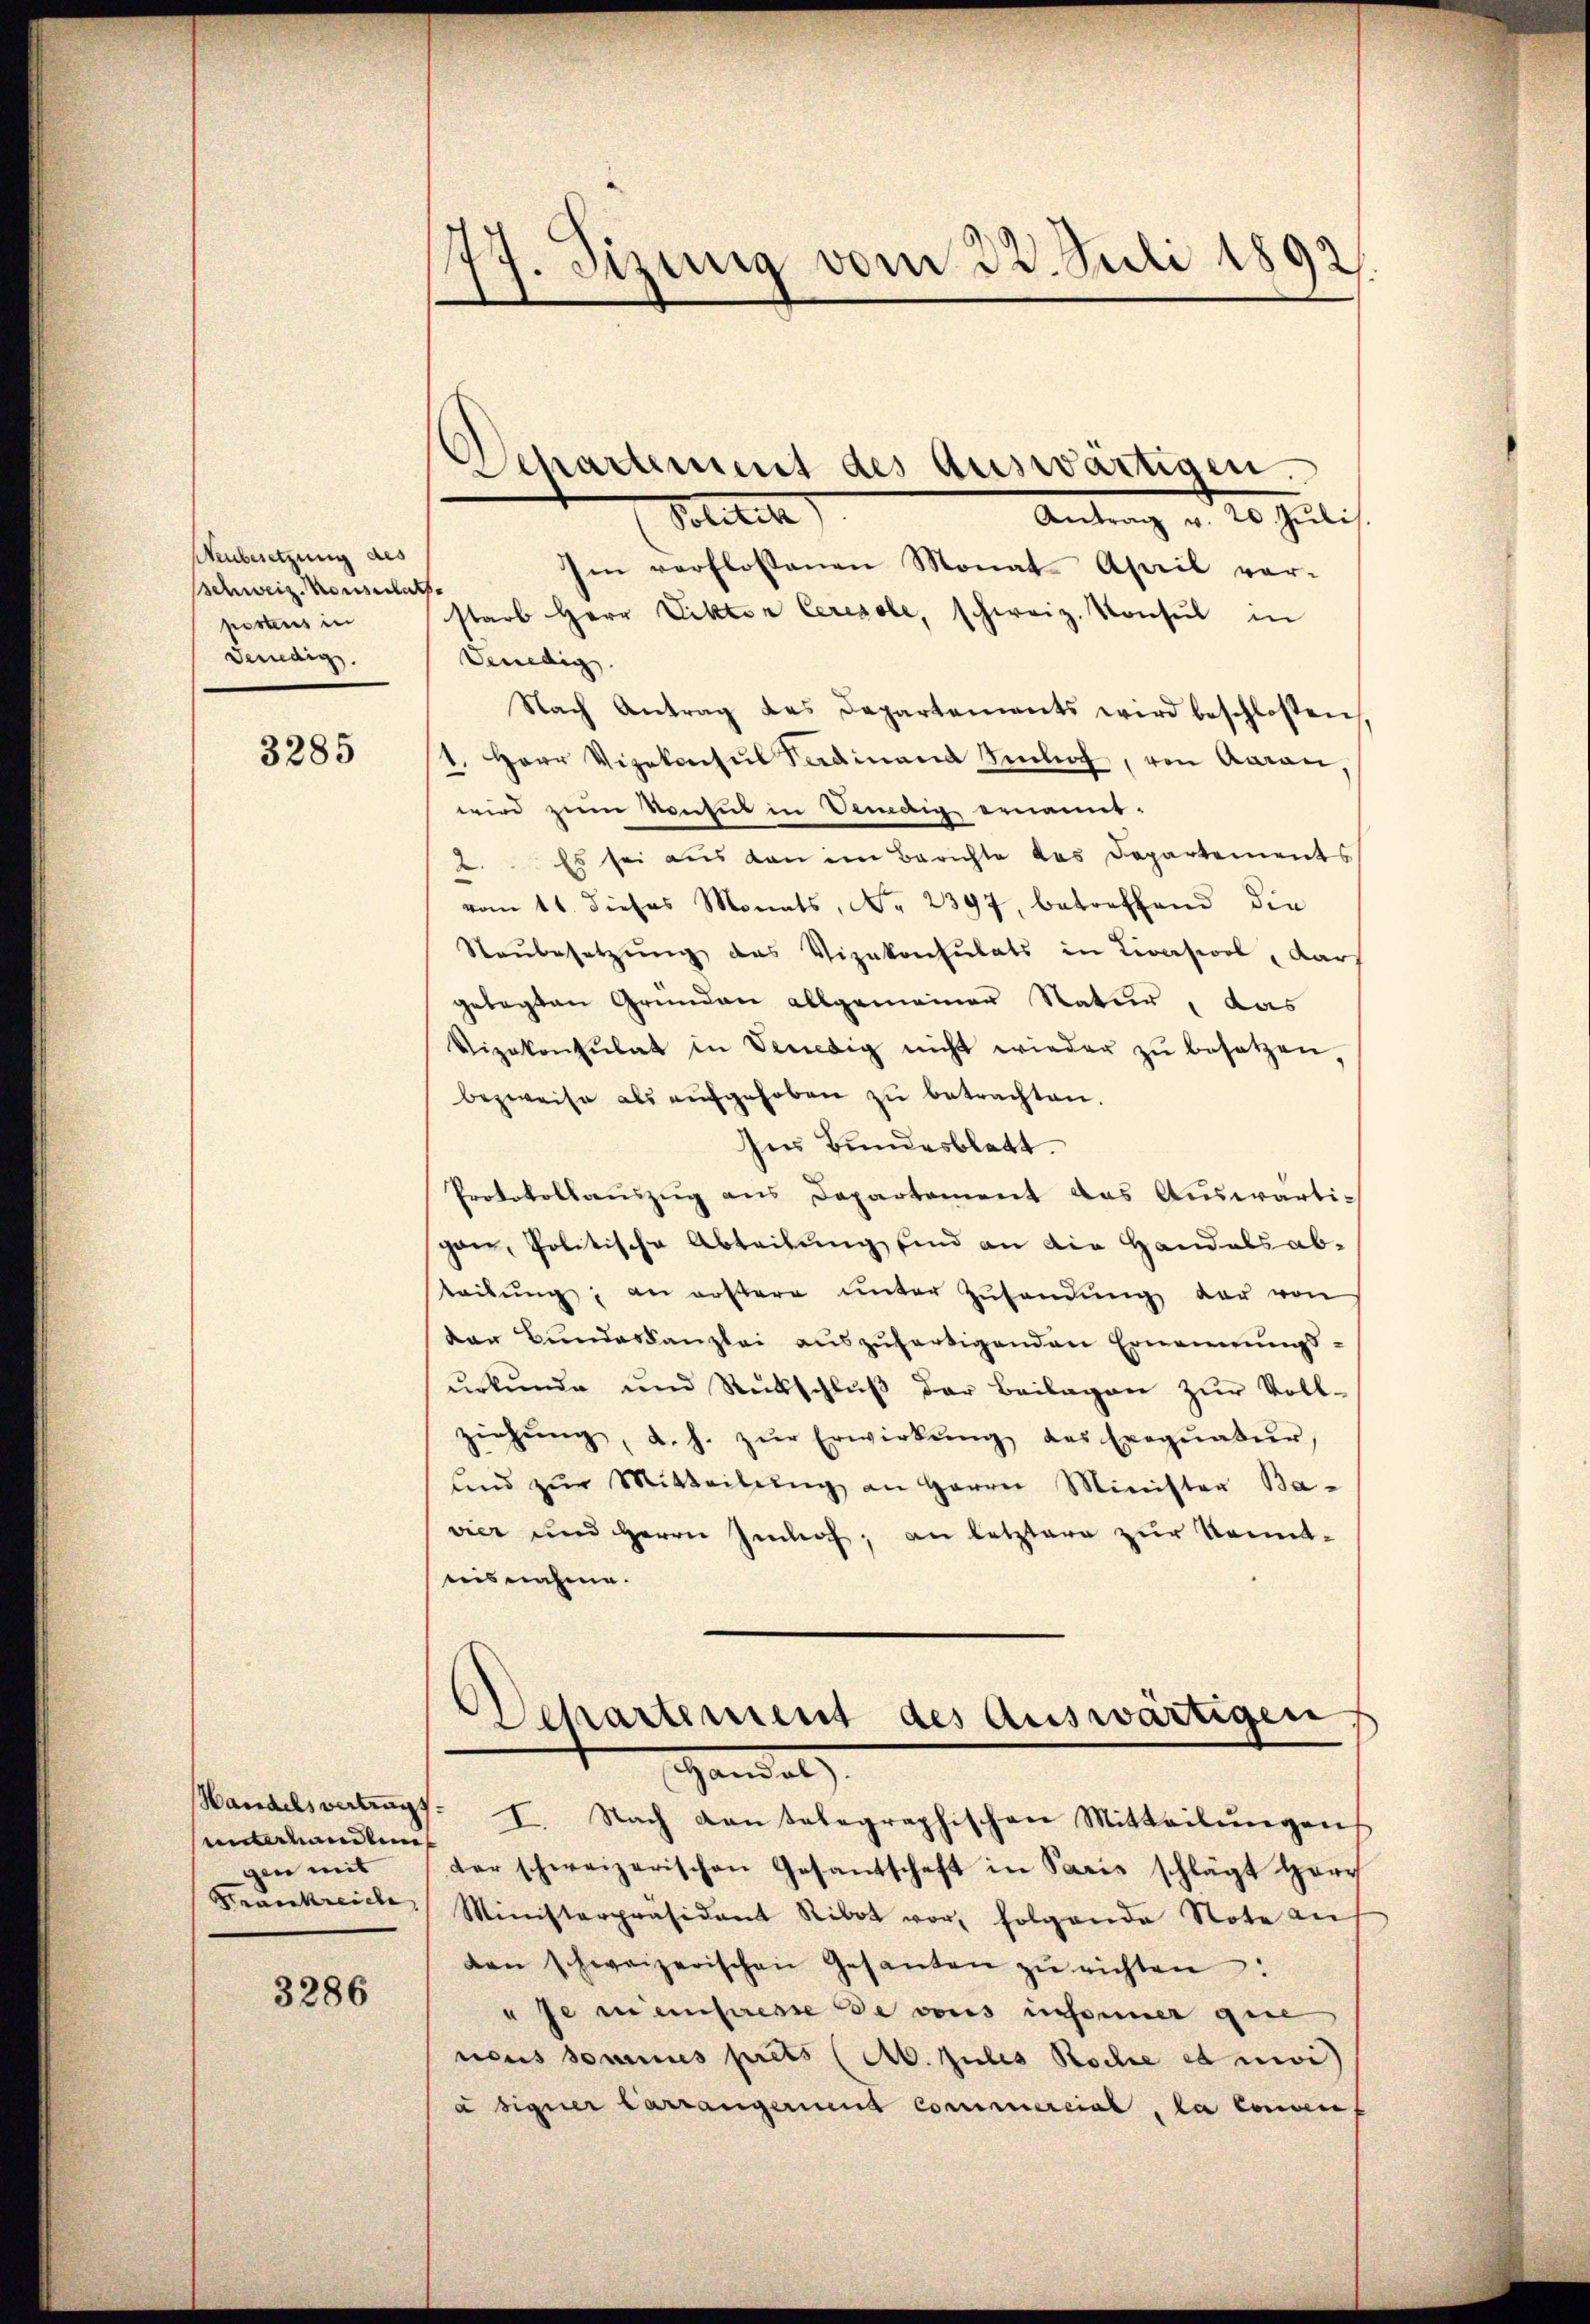
Neubesetzung des
schweiz. Konsenats
portens in
Genedig

3285

Handels vertrags
unterhandlun
gen mit

3286

77. Sizung vom 22. Juli 1892.

Departement des Auswärtigen.

Politik
Antrag v. 20 Julis.
Im verflossenen Monat April vor-
starb Herr Viktor Ceresole, schweiz. Konsul in
Venedig
Nach Antrag das Departements wird beschlossen,
1. Herr Vizekonsul Sardinand Imhof, von Aaran,
wird zum Konsul in Vendig ernannt.
Es sei aus den im Berichte des Departements
2.
vom 11. dieses Monats, No. 2397, betreffend die
Staŭbesetzŭng des Vizekonsulats in Livasiool, darf
gelegten Gründen allgemeiner Natur, das
Vizekonsulat in Venedig nicht wieder zŭ besetzen,
bezweife als aŭfgehoben zŭ betrachten.
Ins Bundesblatt.
Protokollauszug aus Departement das Auswärtipan, Politische Abteilung sind an die Handals ab-
teilŭng an erstere unter Zŭsendŭng der von
der Bundeskanzlei auszufertigenden Ernennungsŭrkŭnde und Rüschlŭβ der Beilagen zŭr Voll-
ziehŭng, d. h. zŭr Erwirkŭng des Exeqŭatŭr,
ŭnd zŭr Mitteilŭng an Herrn Minister Ba-
vier und Herrn Imhof, an letztere zur Kenntnisnahme.

s
e
Separtement des Auswärtigen
Ganel
I. Nach kantelegraphischen Mitteilŭngen

der schweizerischen Gesantschaft in Paris schlägt Herr
Frankreiche Ministerpräsidant Ribot vor, folgende Note an
den schweizerischen Gesanten zŭ richten:
 Je meinsesse de vons unsonner gese
neus sommes prets (A. zules Roche es ni
a signer Carrangerient commercial, la convent